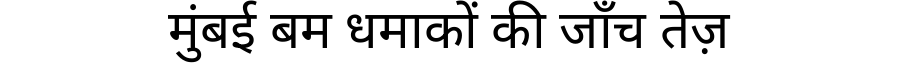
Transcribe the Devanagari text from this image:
मुंबई बम धमाकों की जाँच तेज़